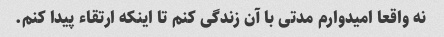
نه واقعا امیدوارم مدتی با آن زندگی کنم تا اینکه ارتقاء پیدا کنم.